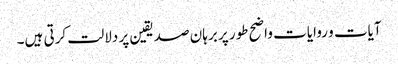
آیات و روایات واضح طور پر برہان صدیقین پر دلالت کرتی ہیں۔